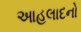
આહલાદનો